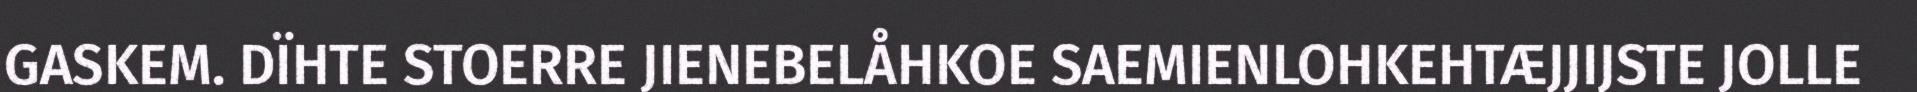
GASKEM. DÏHTE STOERRE JIENEBELÅHKOE SAEMIENLOHKEHTÆJJIJSTE JOLLE